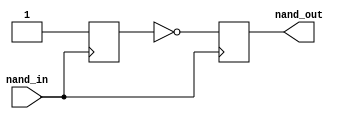
module nand_gate_delay (
    input wire nand_in,
    output reg nand_out
);

reg delay_state;

always @ (posedge nand_in)
begin
    delay_state <= #10 1'b1;
    nand_out <= #5 ~delay_state;
end

endmodule